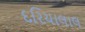
દરિયાલાલ